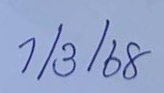
1/3/68